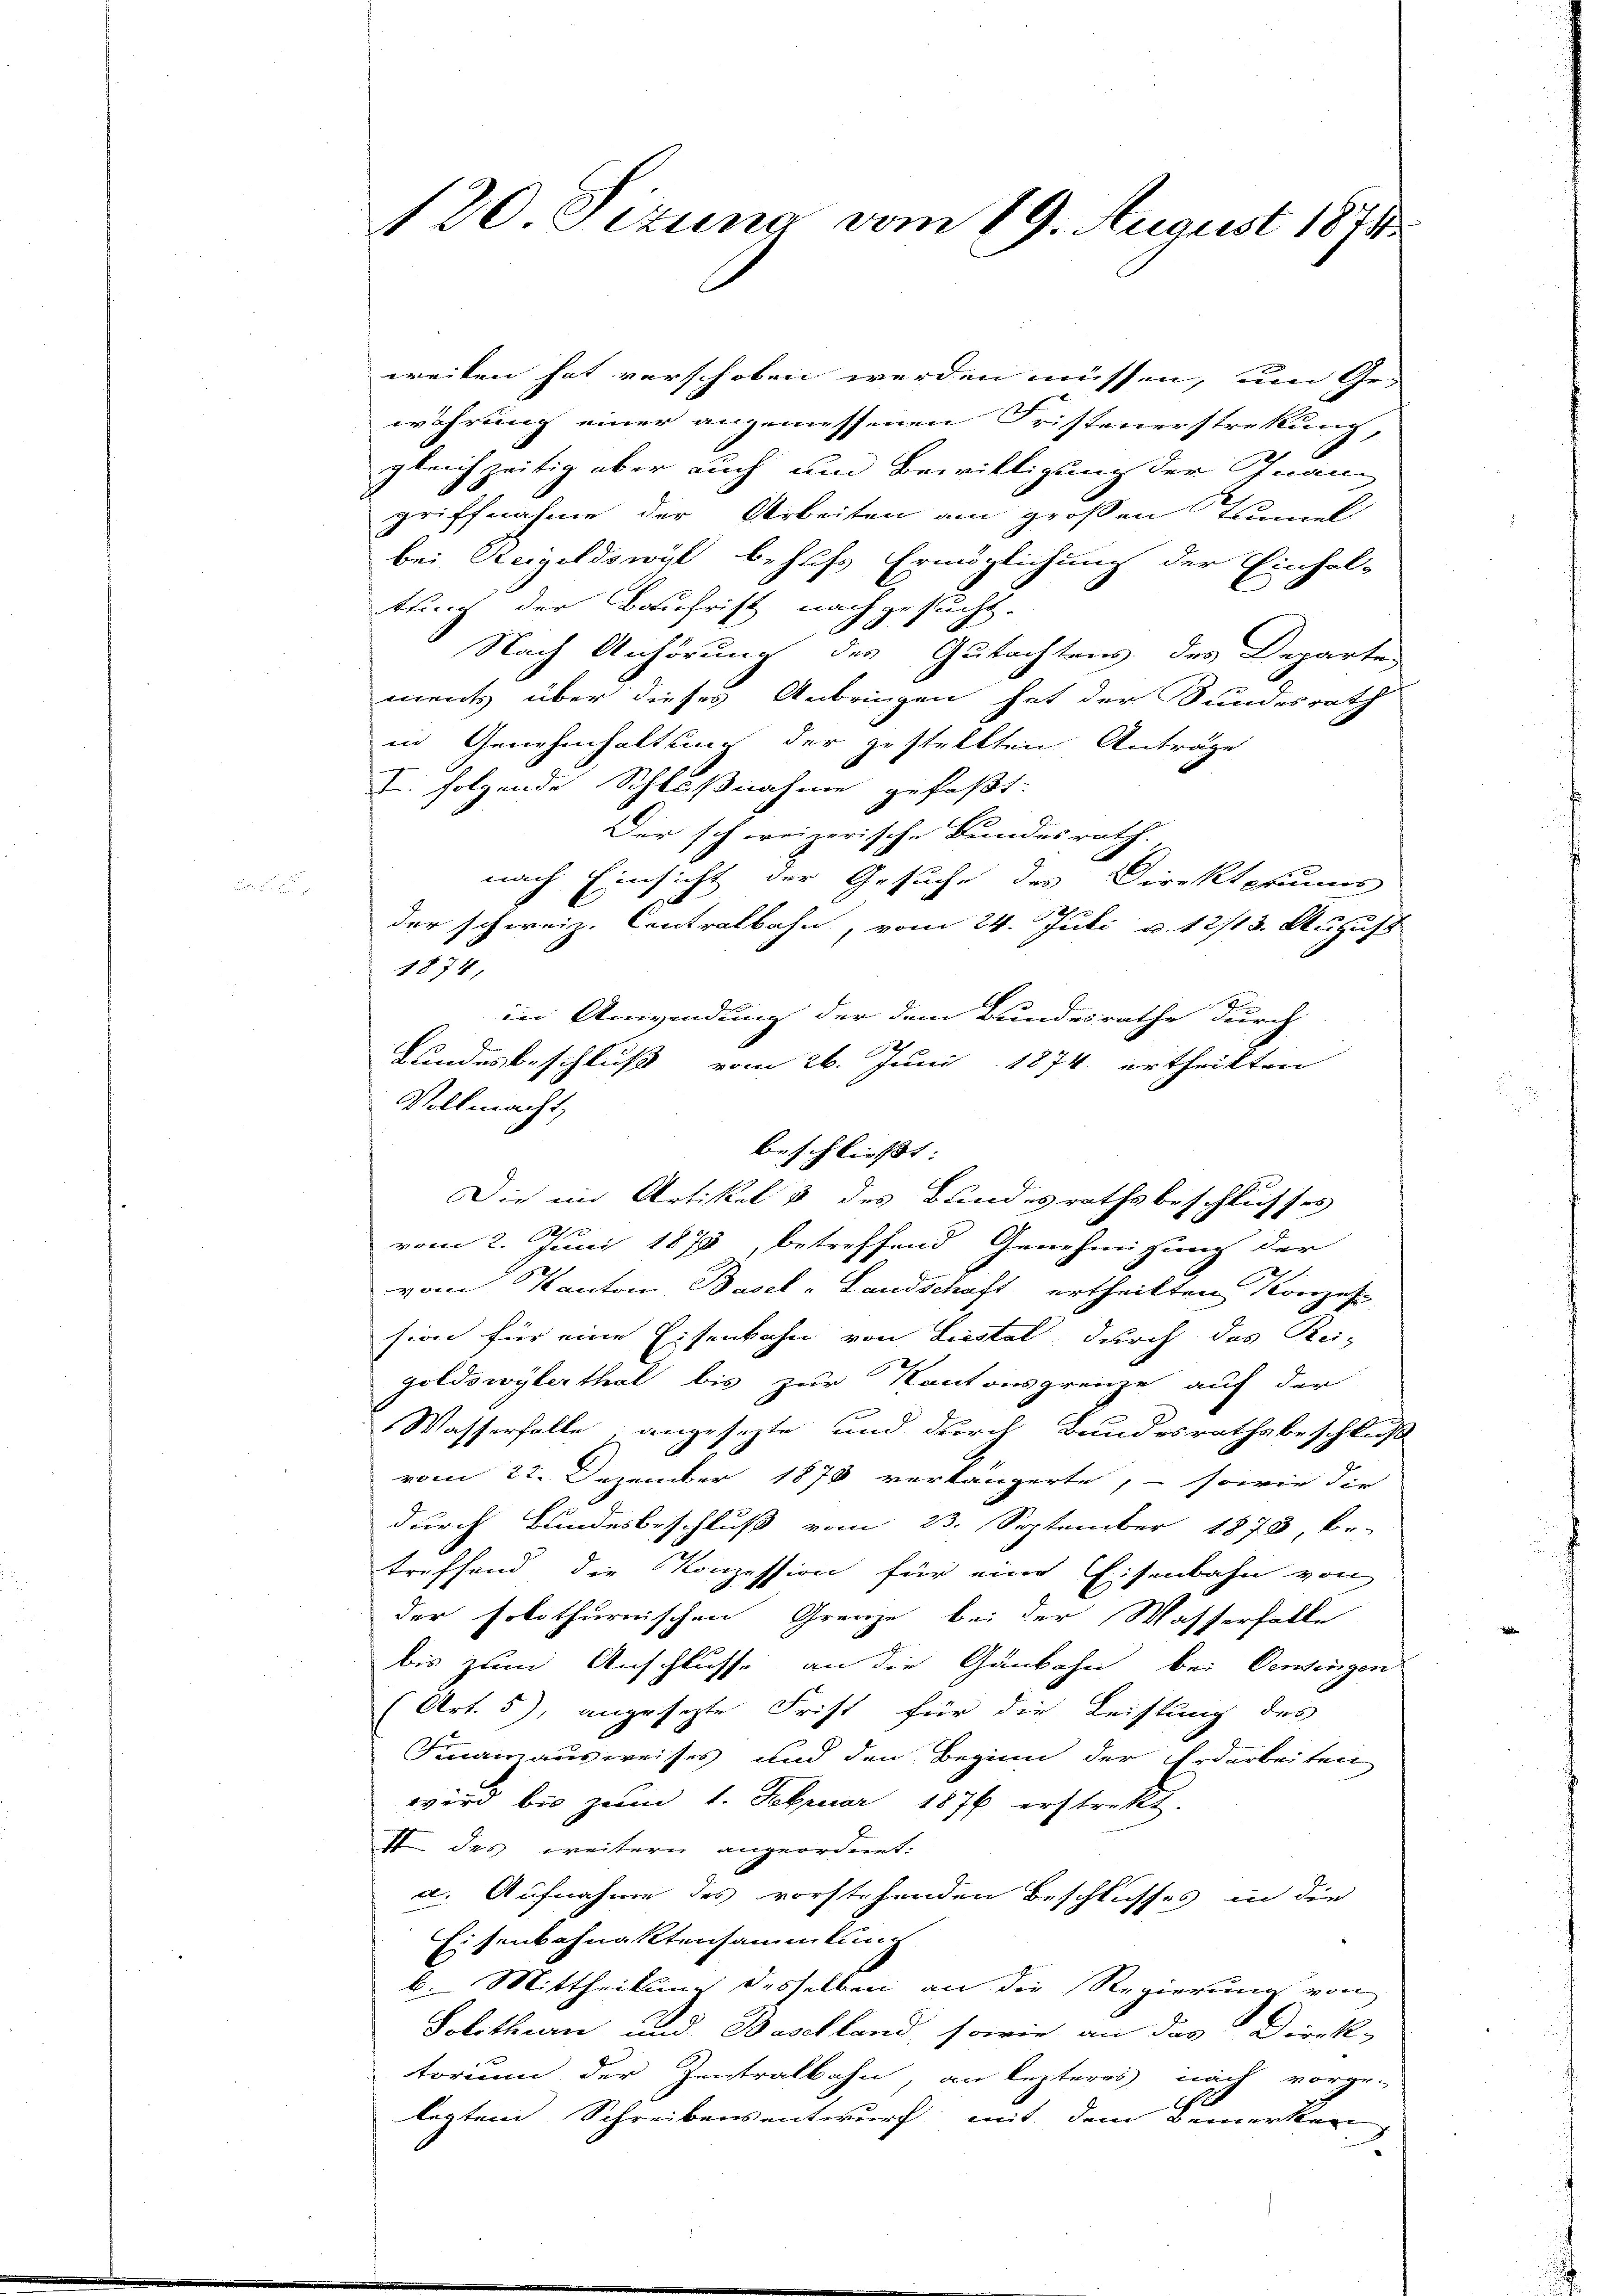
120. Jezung vom 19. August 1871

weiten hat verschoben werden müssen, um Ge-
währung einer angemessenen Fristenerstretung,
gleichzeitig aber auch um Bewilligung der Inanz
griffnahme der Arbeiten am großen Rümel
bei Weigeldswil behufs Ermöglichung der Einhal-
tung der Baufrist nachgesucht.
E
Nach Anhörung des Gutachtens des Departen
ments über dieses Anbringen hat der Bundesrath
in Genehmhaltung der gestellten Anträge
. folgende Schlußnahme gefaßt:
Der schweizerische Bundesrath.
nach Einsicht der Gesuche des Direktprimis
der schweiz. Contralbahn, vom 24. Juli v. 12/13. August
1874,
in Anwendung der dem Bundesrathe durch
Landesbeschluß vom 26. Juni 1874 ertheilten
Vollmacht,
beschließt:
Die in Artikel & des Bundesrathsbeschlusses
vom 2. Juni 1873, betreffend Genehmigung der
vom Kanton, Basel-Landschaft ertheilten Konzes
sion für eine Eisenbahn von Liestal, durch das Rei-
goldswylerthal bis zur Kantonsgrenze auf der
Wasserfalle, angesezte und durch Bundesrathsbeschluß
vom 22. Dezember 1878 verlängerte, – sowie die
durch Bundesbeschluß vom 23. September 1873, be-
treffend die Konzession für eine Eisenbahn von
der solothurnischen Grenze bei der Wasserfalle
bis zum Anschlusse an die Gänbahn bei Oentingen
(Art. 5), angesezte Frist für die Leistung des
Finanzausweises und den Beginn der Erdarbeiten
wird bis zŭm 1. Februar 1876 erstrekt.
I. des weitern angeordnet.
a. Aufnahme des vorstehenden Beschlusses in die
Eisenbahnaktensammlung
b. Mittheilung desselben an die Regierung von
Solothurn und Baselland sowie an das Direk-
torium der Zentralbahn, an lezteres nach vorge-
legten Schreibensentwurf mit dem Bemerken